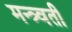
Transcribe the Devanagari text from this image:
मन्त्र्वती